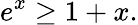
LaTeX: e^{x}\geq 1+x.